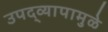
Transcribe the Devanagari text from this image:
उपद्व्यापामुळे